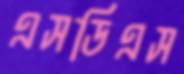
এসডিএস